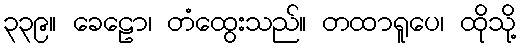
၃၃၉။ ခေဠော၊ တံထွေးသည်။ တထာရူပေ၊ ထိုသို့